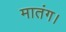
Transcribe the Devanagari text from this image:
मातंग।